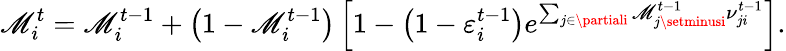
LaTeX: \mathscr{M}_{i}^{t}=\mathscr{M}_{i}^{t-1}+\left(1-\mathscr{M}_{i}^{t-1}\right)\left[1-\left(1-\varepsilon_{i}^{t-1}\right)e^{\sum_{j\in\partiali}\mathscr{M}_{j\setminusi}^{t-1}{\nu}_{ji}^{t-1}}\right].